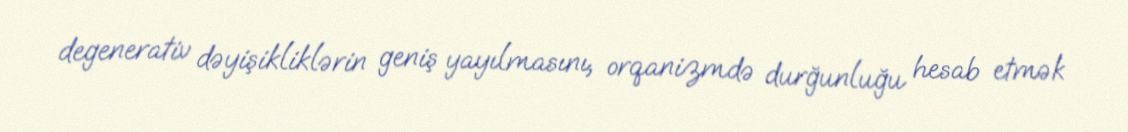
degenerativ dəyişikliklərin geniş yayılmasını, orqanizmdə durğunluğu hesab etmək